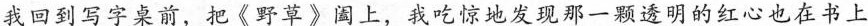
我回到写字桌前，把《野草》阖上，我吃惊地发现那一颗透明的红心也在书上